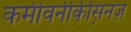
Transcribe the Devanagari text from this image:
कमीवनीकीस़नज़